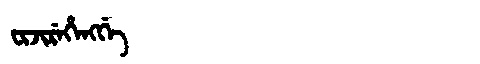
Manchu: ᠸᡳᠵᡳᡵᡝᡥᡝᠩᡤᡝ
Romanization: FIJIREHENGGE